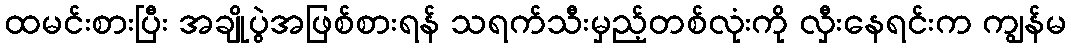
ထမင်းစားပြီး အချိုပွဲအဖြစ်စားရန် သရက်သီးမှည့်တစ်လုံးကို လှီးနေရင်းက ကျွန်မ